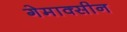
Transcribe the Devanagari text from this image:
गेमाक्सीन